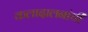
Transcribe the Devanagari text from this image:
कलादालनांची